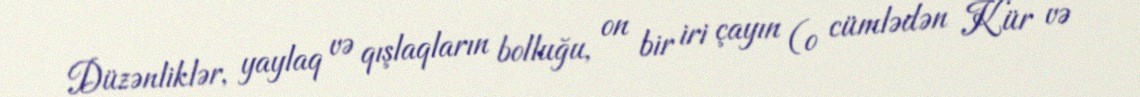
Düzənliklər, yaylaq və qışlaqların bolluğu, on bir iri çayın (o cümlədən Kür və